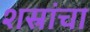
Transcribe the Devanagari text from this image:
शस्रांचा